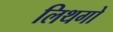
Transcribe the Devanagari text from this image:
लिथगो